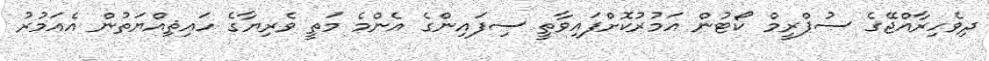
ދިވެހިރާއްޖޭގެ ސުޕްރީމް ކޯޓުން އަމުރުކޮށްފައިވާތީ ސިފައިންގެ އެންމެ މަތީ ވެރިޔާގެ ހައިޘިއްޔަތުން އެއަމުރު